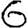
Digit: 6